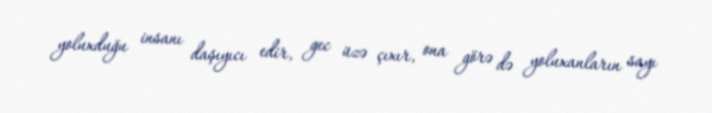
yoluxduğu insanı daşıyıcı edir, gec üzə çıxır, ona görə də yoluxanların sayı